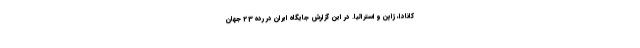
کانادا، ژاپن و استرالیا. در این گزارش جایگاه ایران در رده 23 جهان